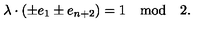
\lambda \cdot ( \pm e _ { 1 } \pm e _ { n + 2 } ) = 1 \quad \mathrm { m o d } \quad 2 .